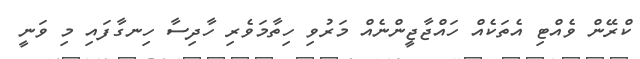
ކްރޭން ވެއްޓި އެތަކެއް ހައްޖާޖީންނެއް މަރުވި ހިތާމަވެރި ހާދިސާ ހިނގާފައި މި ވަނީ